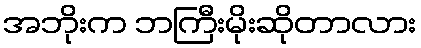
အဘိုးက ဘကြီးမိုးဆိုတာလား